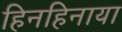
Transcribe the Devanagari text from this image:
हिनहिनाया